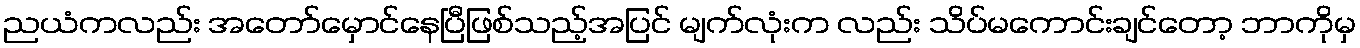
ညယံကလည်း အတော်မှောင်နေပြီဖြစ်သည့်အပြင် မျက်လုံးက လည်း သိပ်မကောင်းချင်တော့ ဘာကိုမှ